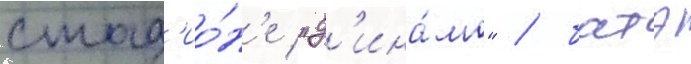
стад'ио́н'е "д'ина́мо" / батэ